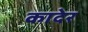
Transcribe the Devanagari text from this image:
कादेर